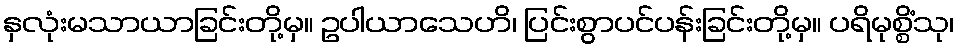
နှလုံးမသာယာခြင်းတို့မှ။ ဥပါယာသေဟိ၊ ပြင်းစွာပင်ပန်းခြင်းတို့မှ။ ပရိမုစ္စိံသု၊